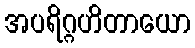
အပရိဂ္ဂဟိတာယော